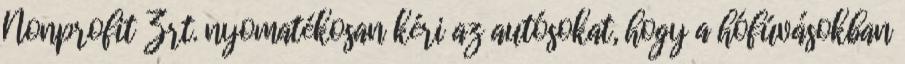
Nonprofit Zrt. nyomatékosan kéri az autósokat, hogy a hófúvásokban